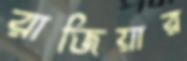
রাজিয়ার